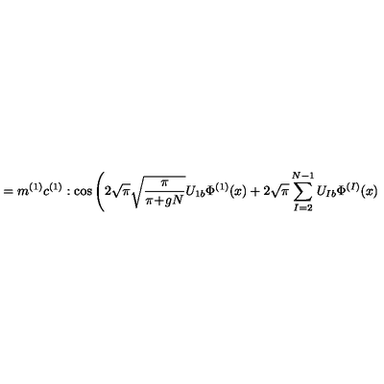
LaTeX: = m ^ { ( 1 ) } c ^ { ( 1 ) } : \cos \Bigg ( 2 \sqrt { \pi } \sqrt { \frac { \pi } { \pi \! + \! g N } } U _ { 1 b } \Phi ^ { ( 1 ) } ( x ) + 2 \sqrt { \pi } \sum _ { I = 2 } ^ { N - 1 } U _ { I b } \Phi ^ { ( I ) } ( x )